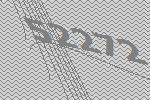
52272